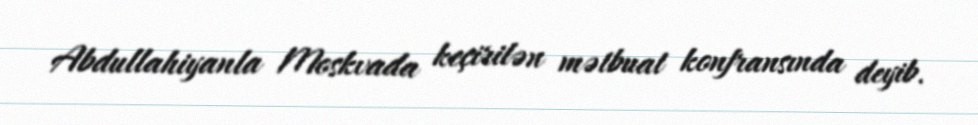
Abdullahiyanla Moskvada keçirilən mətbuat konfransında deyib.